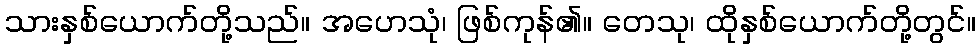
သားနှစ်ယောက်တို့သည်။ အဟေသုံ၊ ဖြစ်ကုန်၏။ တေသု၊ ထိုနှစ်ယောက်တို့တွင်။